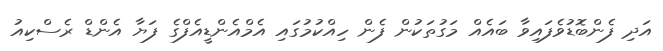
އަދި ފެންބޮޑުވެފައިވާ ބައެއް މަގުތަކުން ފެން ހިއްކުމުގައި އެމްއެންޑީއެފްގެ ފަޔާ އެންޑް ރެސްކިއު